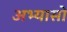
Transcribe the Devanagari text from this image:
अभ्यासो